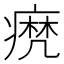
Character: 𤹈